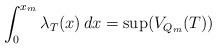
LaTeX: \begin{align*}\int^{x_m}_0 \lambda_T(x)\, dx = \sup(V_{Q_m}(T))\end{align*}